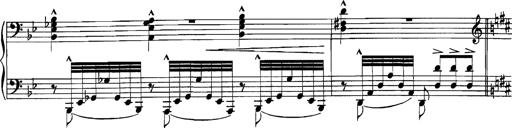
Title: Grandes Etudes
Composer: Franz Liszt